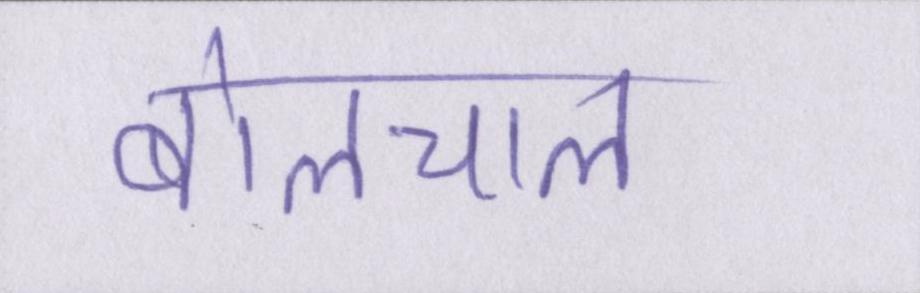
बोलचाल